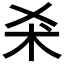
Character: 𣏂